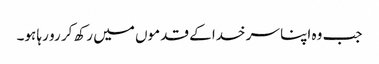
جب وہ اپنا سر خدا کے قدموں میں رکھ کر رو رہا ہو۔